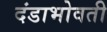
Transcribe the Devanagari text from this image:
दंडाभोवती